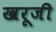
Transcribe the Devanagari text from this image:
खरूजी